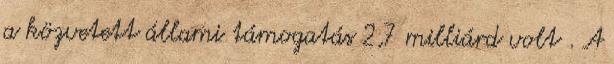
a közvetett állami támogatás 2,7 milliárd volt . A